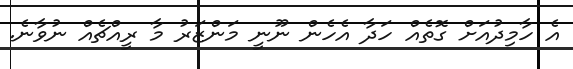
އެ ހާމިދުއަށް ގޮތެއް ހަދާ އެހެން ނޫނީ މަންޒަރު މާ ރީއްޗެއް ނުވާނެ.